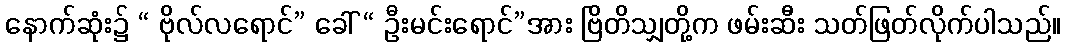
နောက်ဆုံး၌ “ ဗိုလ်လရောင်” ခေါ် “ ဦးမင်းရောင်”အား ဗြိတိသျှတို့က ဖမ်းဆီး သတ်ဖြတ်လိုက်ပါသည်။